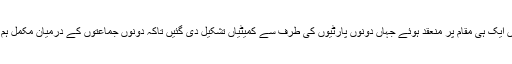
نتیجے کے طور پر1915ء میں دونوں جماعتوں کے اجلاس ممبئی میں ایک ہی مقام پر منعقد ہوئے جہاں دونوں پارٹیوں کی طرف سے کمیٹیاں تشکیل دی گئیں تاکہ دونوں جماعتوں کے درمیان مکمل ہم آہنگی اور مفاہمت کے کسی فارمولے پر باالمشافہ بات چیت ہو سکے ۔